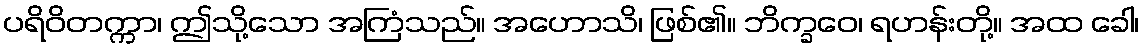
ပရိဝိတက္ကာ၊ ဤသို့သော အကြံသည်။ အဟောသိ၊ ဖြစ်၏။ ဘိက္ခဝေ၊ ရဟန်းတို့။ အထ ခေါ၊